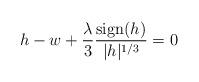
LaTeX: \begin{align*}h-w+\frac{\lambda}{3}\frac{\textrm{sign}(h)}{|h|^{1/3}}=0\end{align*}